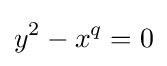
y^{2}-x^{q}=0